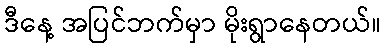
ဒီနေ့ အပြင်ဘက်မှာ မိုးရွာနေတယ်။